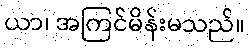
ယာ၊ အကြင်မိန်းမသည်။